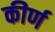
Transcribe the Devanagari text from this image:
कीर्ण